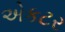
એકટર